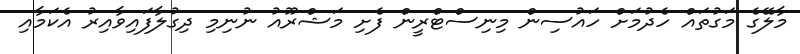
މާލޭގެ މަގުތައް ހެދުމަށް ހައުސިން މިނިސްޓްރީން ފެށި މަޝްރޫއު ނުނިމި ދިގުލާފައިވާއިރު އެކަމާއި